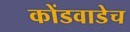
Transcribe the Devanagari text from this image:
कोंडवाडेच